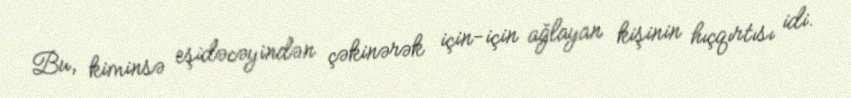
Bu, kiminsə eşidəcəyindən çəkinərək için-için ağlayan kişinin hıçqırtısı idi.